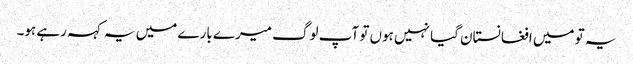
یہ تو میں افغانستان گیا نہیں ہوں تو آپ لوگ میرے بارے میں یہ کہہ رہے ہو۔